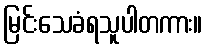
မြင်းသေခံရသူပါတကား။